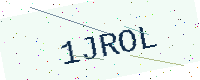
Text: 1JROL